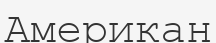
Американ